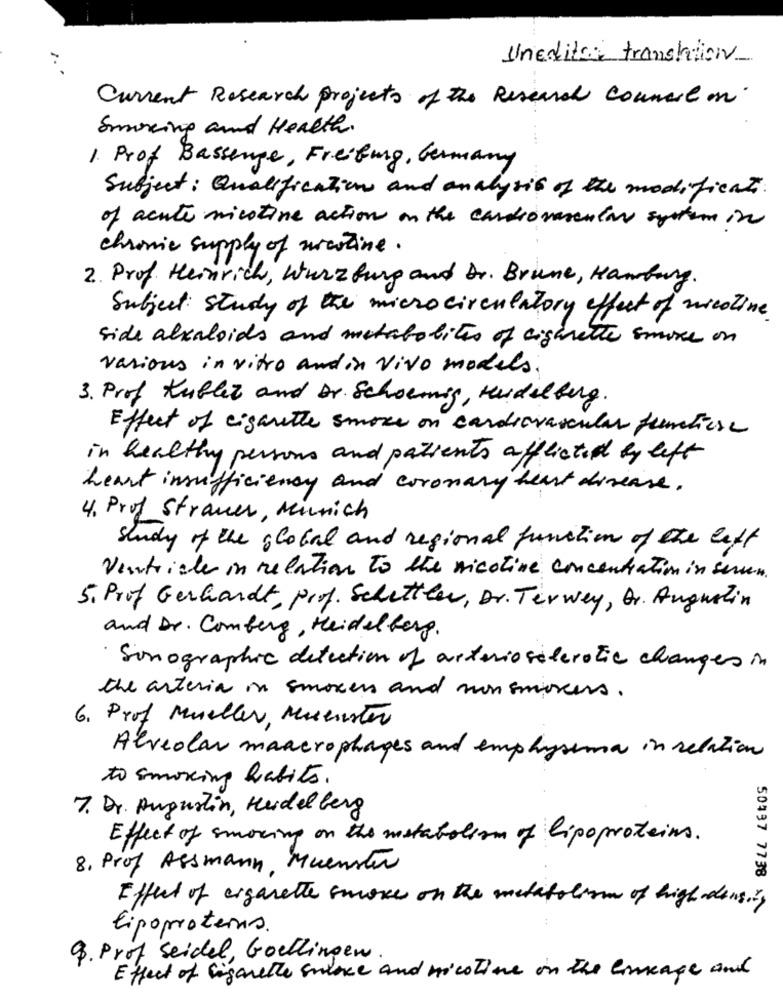
Uneditor translation
Current Research projects of the Research Council on
Smoking and Health.
1. Prof Bassenge, Freifung, Germany
Subject: Qualification and analysis of the modificati.
of acute nicotine action on the cardiovascular system in
chronic supply of nicotine.
2. Prof. Heinrich, Wurzburg and Dr. Brune, Hamburg.
Subject: study of the microcirculatory effect of nicotine
side alkaloids and metabolites of cigarette smoke on
various in vitro andin vivo models.
3. Prof Kubler and Dr. Schoemig, Heidelberg.
Effect of cigarette smoke on cardiovascular functiese
in healthy persons and patients afflicted by left
heart insufficiency and coronary heart disease.
4. Prof Strauer, Munich
Study of the global and regional function of the left
Ventricle in relation to the nicotine concentration in serven.
5. Prof Gerhardt, Prof. Schettler, Dr. Terweg, Gr. Augustin
and Dr. Comberg, Heidelberg.
Sonographic detection of arteriosalerotic changes in
the arteria in smoker and non smokers.
6. Prof Mueller, Muenster
Alveolar macrophages and emphysema in relation
to smoking habits.
7. Dr. Augustin, Heidelberg
Effect of smoking on the metabolism of lipoproteins.
8. Prof Assmann, Muenster
50437 7738
Effect of cigarette smoke on the metabolism of high density
Eipoproteins.
9. Prof Seidel, Goellingen
Effect of sigarette since and nicotine on the lineage and